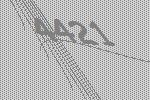
4421